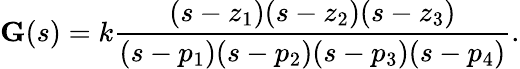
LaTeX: {\textbf{G}}(s)=k{\frac{(s-z_{1})(s-z_{2})(s-z_{3})}{(s-p_{1})(s-p_{2})(s-p_{3})(s-p_{4})}}.